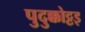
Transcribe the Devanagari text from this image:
पुदुक्कोट्टइ